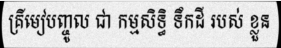
គ្រីមៀបញ្ចូល ជា កម្មសិទ្ធិ ទឹកដី របស់ ខ្លួន